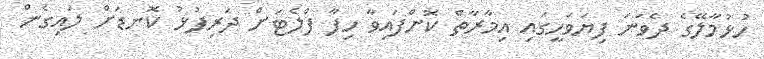
ހުޅުމާލޭގެ ދެވަނަ ފިޔަވަހީގައި އިމާރާތް ކޮށްފައިވާ ހިފާ ފްލެޓަށް ދަރިފުޅު ކޮނޑަށް ލައިގެން